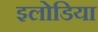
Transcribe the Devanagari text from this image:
इलोडिया